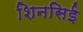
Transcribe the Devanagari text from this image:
शिनसिई